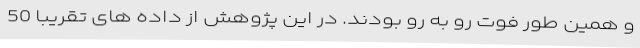
و همین طور فوت رو به رو بودند. در این پژوهش از داده های تقریبا 50